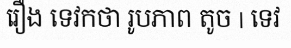
រឿង ទេវកថា រូបភាព តូច | ទេវ